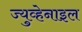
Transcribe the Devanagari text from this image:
ज्युव्हेनाइल